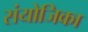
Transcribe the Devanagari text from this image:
संयोजिका